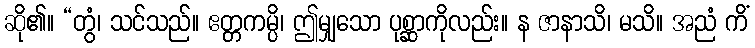
ဆို၏။ “တွံ၊ သင်သည်။ ဧတ္တကမ္ပိ၊ ဤမျှသော ပုစ္ဆာကိုလည်း။ န ဇာနာသိ၊ မသိ။ အညံ ကိံ